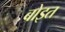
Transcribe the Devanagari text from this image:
बोइत